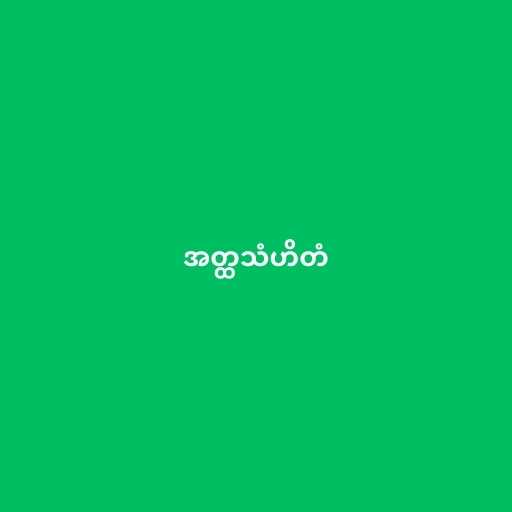
အတ္ထသံဟိတံ